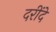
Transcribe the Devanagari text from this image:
दरींदे